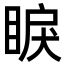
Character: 睙